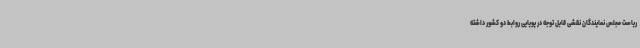
ریاست مجلس نمایندگان نقشی قابل توجه در پویایی روابط دو کشور داشته